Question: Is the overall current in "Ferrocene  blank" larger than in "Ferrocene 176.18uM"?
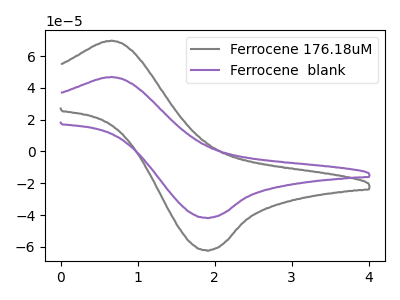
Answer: <think>The gray curve "Ferrocene 176.18uM" has an anodic peak at (0.65V, 69.65uA) and a cathodic peak at (1.90V, -62.15uA). The purple curve "Ferrocene  blank" has an anodic peak at (0.65V, 46.80uA) and a cathodic peak at (1.90V, -41.75uA).
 All the peaks in "Ferrocene  blank" have a peak in "Ferrocene 176.18uM" at the same potential. Every peak in "Ferrocene  blank" is lower than every peak in "Ferrocene 176.18uM".</think>
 <answer>"Ferrocene  blank" has less signal than "Ferrocene 176.18uM".</answer>
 <eval>less_signal</eval>